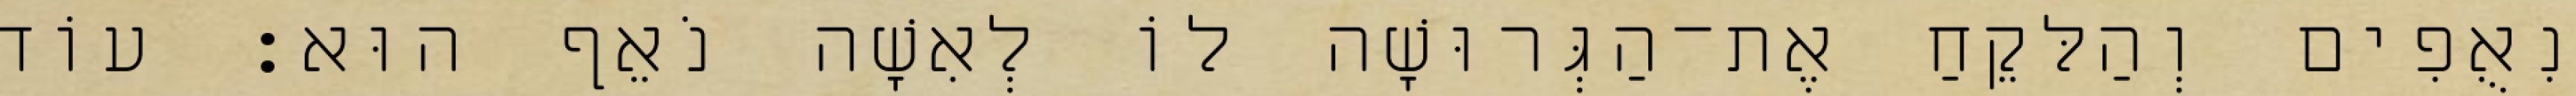
נִאֻפִים וְהַלּקֵחַ אֶת־הַגְּרוּשָׁה לוֹ לְאִשָׁה נֹאֵף הוּא׃ עוֹד